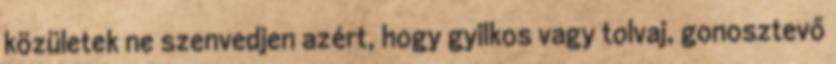
közületek ne szenvedjen azért, hogy gyilkos vagy tolvaj, gonosztevő